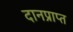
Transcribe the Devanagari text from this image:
दानप्राप्त